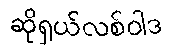
ဆိုရှယ်လစ်ဝါဒ